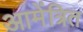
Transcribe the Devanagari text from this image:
आमेंत्रित